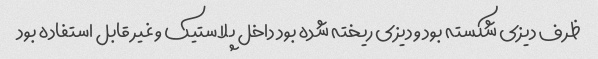
ظرف دیزی شکسته بود و دیزی ریخته شده بود داخل پلاستیک و غیر قابل استفاده بود